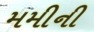
મમીની